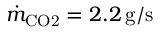
\dot { m } _ { \mathrm { C O 2 } } = 2 . 2 \, \mathrm { g / s }